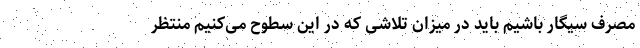
مصرف سیگار باشیم باید در میزان تلاشی که در این سطوح می‌کنیم منتظر